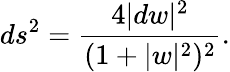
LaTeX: ds^{2}=\frac{4|dw|^{2}}{(1+|w|^{2})^{2}}.